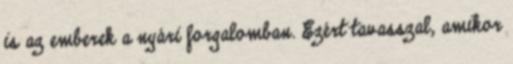
is az emberek a nyári forgalomban. Ezért tavasszal, amikor